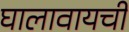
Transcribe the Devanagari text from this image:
घालावायची